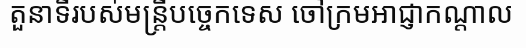
តួនាទីរបស់មន្ត្រីបច្ចេកទេស ចៅក្រមអាជ្ញាកណ្តាល